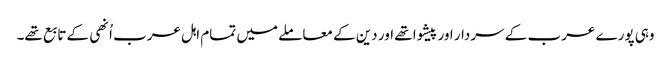
وہی پورے عرب کے سردار اور پیشوا تھے اور دین کے معاملے میں تمام اہل عرب اُنھی کے تابع تھے۔